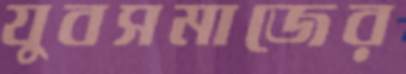
যুবসমাজের